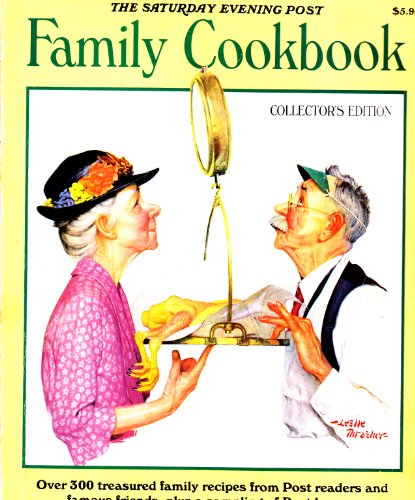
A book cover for The Saturday Evening Post Family Cookbook; M.D. Cory SerVaas; Health, Fitness & Dieting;